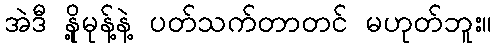
အဲဒီ နို့မုန့်နဲ့ ပတ်သက်တာတင် မဟုတ်ဘူး။